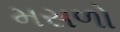
મસળો